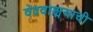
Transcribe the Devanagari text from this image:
वेदवाङ्मयाची